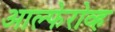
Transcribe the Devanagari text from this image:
आल्फेरोव्ह